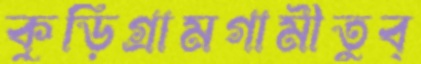
কুড়িগ্রামগামীতুব্